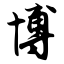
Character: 博